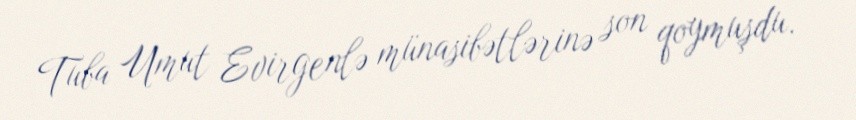
Tuba Umut Evirgenlə münasibətlərinə son qoymuşdu.